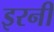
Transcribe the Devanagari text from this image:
इरनी